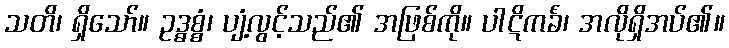
သတိ၊ ရှိသော်။ ဥဒ္ဓစ္စံ၊ ပျံ့လွင့်သည်၏ အဖြစ်ကို။ ပါဋိကင်္ခံ၊ အလိုရှိအပ်၏။